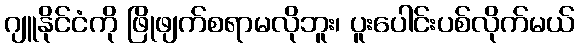
ဂျူနိုင်ငံကို ဖြိုဖျက်စရာမလိုဘူး၊ ပူးပေါင်းပစ်လိုက်မယ်